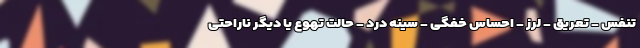
تنفس - تعریق - لرز - احساس خفگی - سینه درد - حالت تهوع یا دیگر ناراحتی